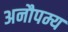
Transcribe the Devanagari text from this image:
अनौपम्य